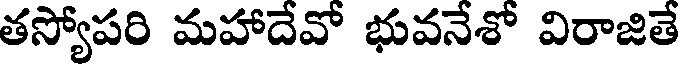
తస్యోపరి మహాదేవో భువనేశో విరాజితే